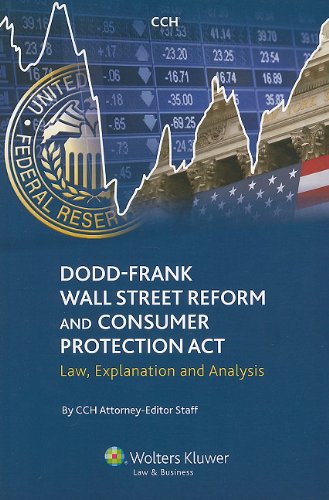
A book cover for Dodd-Frank Wall Street Reform and Consumer Protection Act: Law, Explanation and Analysis; CCH Attorney-Editor; Law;